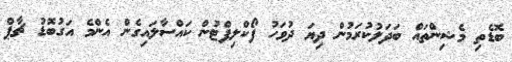
ބޮޑެތި މެޝިންތައް ބަދަލުކުރަމުން ދިޔަ ދުވަހު ފޯކްލިފްޓުން ކައްސާލައިގެން އެންމެ އަގުބޮޑު ޗާޕް